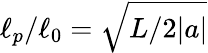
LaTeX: \ell_{p}/\ell_{0}=\sqrt{L/2|a|}